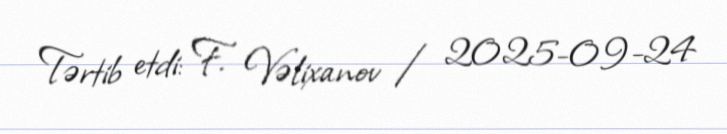
Tərtib etdi: F. Vəlixanov / 2025-09-24